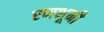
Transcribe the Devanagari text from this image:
रणभूमी